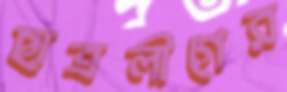
ছাত্রলীগের